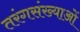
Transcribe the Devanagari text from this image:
तरंगसंख्याओं